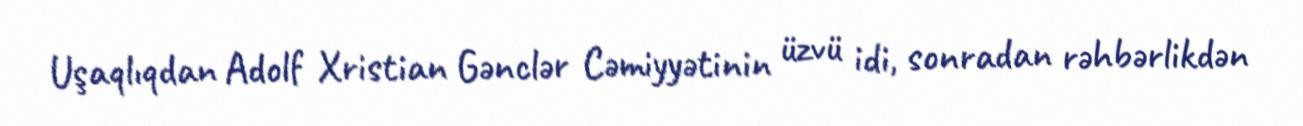
Uşaqlıqdan Adolf Xristian Gənclər Cəmiyyətinin üzvü idi, sonradan rəhbərlikdən